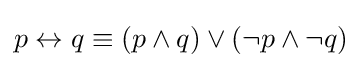
p\leftrightarrow q\equiv (p\wedge q)\vee (\neg p\wedge \neg q)